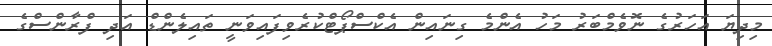
މިދިޔަ އަހަރުގެ ނޮވެމްބަރު މަހު އެންމެ ގިނައިން އެކްސްޕޯޓްކުރެވިފައިވަނީ ތައިލެންޑް އަދި ފްރާންސްގެ